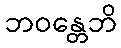
ဘဝန္တေဘိ